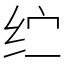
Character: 纻